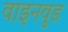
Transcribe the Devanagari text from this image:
वाइनवुड